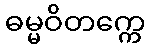
ဓမ္မဝိတက္ကေ